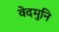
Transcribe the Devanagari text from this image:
वेदमुनि